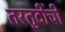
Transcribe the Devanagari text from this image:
तरतुदींची